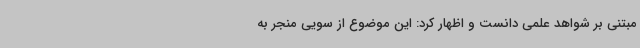
مبتنی بر شواهد علمی دانست و اظهار کرد: این موضوع از سویی منجر به